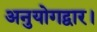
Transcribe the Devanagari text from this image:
अनुयोगद्वार।